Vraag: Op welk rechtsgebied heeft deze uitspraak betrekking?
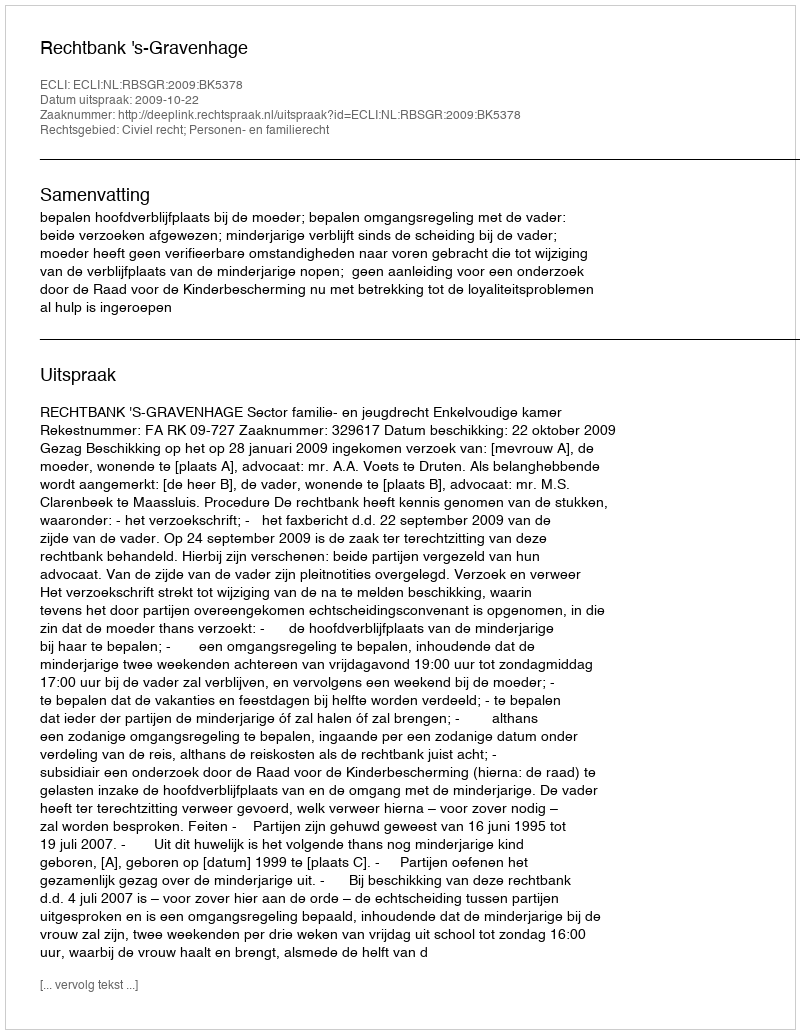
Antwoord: Civiel recht; Personen- en familierecht